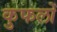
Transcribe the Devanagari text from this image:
कुफलों